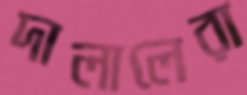
দালালেরা